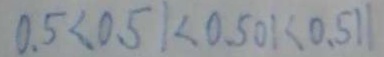
0 . 5 < 0 . 5 1 < 0 . 5 0 1 < 0 . 5 1 1